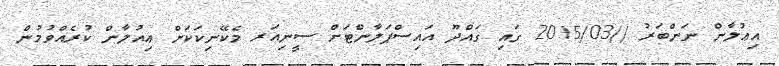
އިޢުލާން ނަންބަރު //2015/03 ގައި ގައްދޫ އައިސްޕަލާންޓަށް ސީނިއަރ މެކޭނިކަކަށް ޢިއުލާން ކުރެއްވުމުން